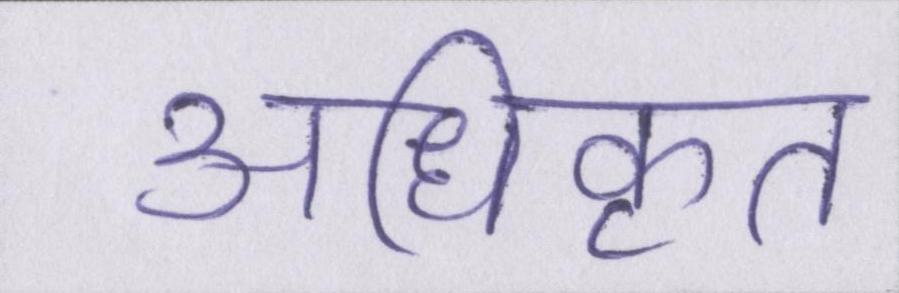
अधिकृत